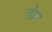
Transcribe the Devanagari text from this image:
तोग